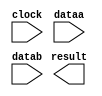
// megafunction wizard: %LPM_MULT%VBB%
// GENERATION: STANDARD
// VERSION: WM1.0
// MODULE: lpm_mult 

// ============================================================
// Megafunction Name(s):
// 			lpm_mult
//
// Simulation Library Files(s):
// 			lpm
// ============================================================
// ************************************************************
// THIS IS A WIZARD-GENERATED FILE. DO NOT EDIT THIS FILE!
//
// 18.1.1 Build 646 04/11/2019 SJ Lite Edition
// ************************************************************

//Copyright (C) 2019  Intel Corporation. All rights reserved.
//Your use of Intel Corporation's design tools, logic functions 
//and other software and tools, and any partner logic 
//functions, and any output files from any of the foregoing 
//(including device programming or simulation files), and any 
//associated documentation or information are expressly subject 
//to the terms and conditions of the Intel Program License 
//Subscription Agreement, the Intel Quartus Prime License Agreement,
//the Intel FPGA IP License Agreement, or other applicable license
//agreement, including, without limitation, that your use is for
//the sole purpose of programming logic devices manufactured by
//Intel and sold by Intel or its authorized distributors.  Please
//refer to the applicable agreement for further details, at
//https://fpgasoftware.intel.com/eula.

module CoeffMult (
	clock,
	dataa,
	datab,
	result);

	input	  clock;
	input	[12:0]  dataa;
	input	[7:0]  datab;
	output	[20:0]  result;

endmodule

// ============================================================
// CNX file retrieval info
// ============================================================
// Retrieval info: PRIVATE: AutoSizeResult NUMERIC "1"
// Retrieval info: PRIVATE: B_isConstant NUMERIC "0"
// Retrieval info: PRIVATE: ConstantB NUMERIC "0"
// Retrieval info: PRIVATE: INTENDED_DEVICE_FAMILY STRING "Cyclone 10 LP"
// Retrieval info: PRIVATE: LPM_PIPELINE NUMERIC "1"
// Retrieval info: PRIVATE: Latency NUMERIC "1"
// Retrieval info: PRIVATE: SYNTH_WRAPPER_GEN_POSTFIX STRING "0"
// Retrieval info: PRIVATE: SignedMult NUMERIC "1"
// Retrieval info: PRIVATE: USE_MULT NUMERIC "1"
// Retrieval info: PRIVATE: ValidConstant NUMERIC "0"
// Retrieval info: PRIVATE: WidthA NUMERIC "13"
// Retrieval info: PRIVATE: WidthB NUMERIC "8"
// Retrieval info: PRIVATE: WidthP NUMERIC "21"
// Retrieval info: PRIVATE: aclr NUMERIC "0"
// Retrieval info: PRIVATE: clken NUMERIC "0"
// Retrieval info: PRIVATE: new_diagram STRING "1"
// Retrieval info: PRIVATE: optimize NUMERIC "0"
// Retrieval info: LIBRARY: lpm lpm.lpm_components.all
// Retrieval info: CONSTANT: LPM_HINT STRING "MAXIMIZE_SPEED=5"
// Retrieval info: CONSTANT: LPM_PIPELINE NUMERIC "1"
// Retrieval info: CONSTANT: LPM_REPRESENTATION STRING "SIGNED"
// Retrieval info: CONSTANT: LPM_TYPE STRING "LPM_MULT"
// Retrieval info: CONSTANT: LPM_WIDTHA NUMERIC "13"
// Retrieval info: CONSTANT: LPM_WIDTHB NUMERIC "8"
// Retrieval info: CONSTANT: LPM_WIDTHP NUMERIC "21"
// Retrieval info: USED_PORT: clock 0 0 0 0 INPUT NODEFVAL "clock"
// Retrieval info: USED_PORT: dataa 0 0 13 0 INPUT NODEFVAL "dataa[12..0]"
// Retrieval info: USED_PORT: datab 0 0 8 0 INPUT NODEFVAL "datab[7..0]"
// Retrieval info: USED_PORT: result 0 0 21 0 OUTPUT NODEFVAL "result[20..0]"
// Retrieval info: CONNECT: @clock 0 0 0 0 clock 0 0 0 0
// Retrieval info: CONNECT: @dataa 0 0 13 0 dataa 0 0 13 0
// Retrieval info: CONNECT: @datab 0 0 8 0 datab 0 0 8 0
// Retrieval info: CONNECT: result 0 0 21 0 @result 0 0 21 0
// Retrieval info: GEN_FILE: TYPE_NORMAL CoeffMult.v TRUE
// Retrieval info: GEN_FILE: TYPE_NORMAL CoeffMult.inc FALSE
// Retrieval info: GEN_FILE: TYPE_NORMAL CoeffMult.cmp FALSE
// Retrieval info: GEN_FILE: TYPE_NORMAL CoeffMult.bsf FALSE
// Retrieval info: GEN_FILE: TYPE_NORMAL CoeffMult_inst.v FALSE
// Retrieval info: GEN_FILE: TYPE_NORMAL CoeffMult_bb.v TRUE
// Retrieval info: LIB_FILE: lpm